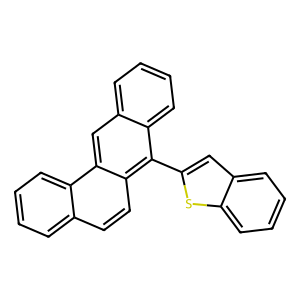
SMILES: c1ccc2sc(-c3c4ccccc4cc4c3ccc3ccccc34)cc2c1
Inhibits HIV replication: No